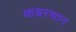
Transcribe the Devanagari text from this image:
कब्रस्थान